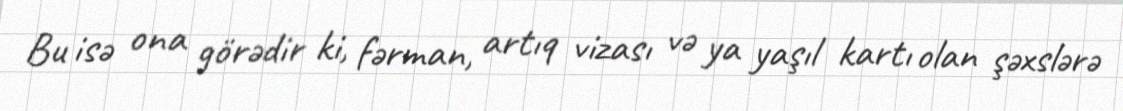
Bu isə ona görədir ki, fərman, artıq vizası və ya yaşıl kartı olan şəxslərə